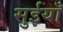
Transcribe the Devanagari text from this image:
सुईयाँ